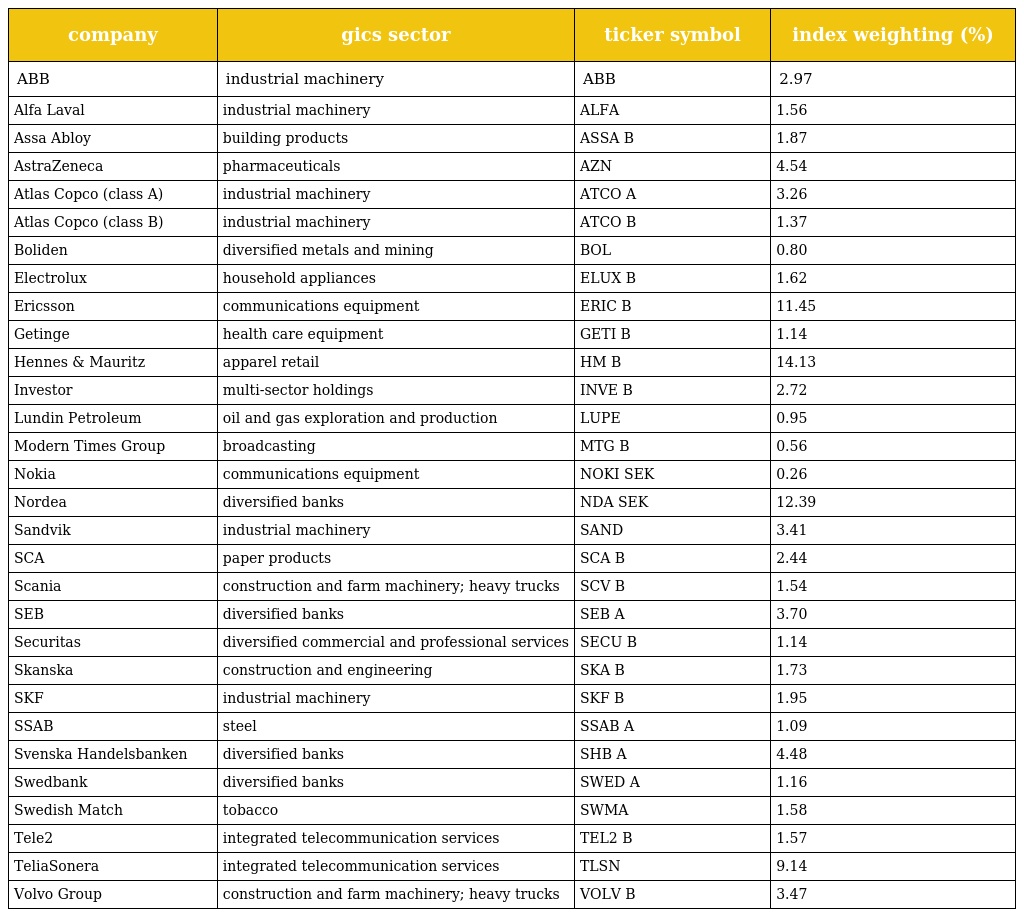
| company | gics sector | ticker symbol | index weighting (%) |
 | --- | --- | --- | --- |
 | ABB | industrial machinery | ABB | 2.97 |
 | Alfa Laval | industrial machinery | ALFA | 1.56 |
 | Assa Abloy | building products | ASSA B | 1.87 |
 | AstraZeneca | pharmaceuticals | AZN | 4.54 |
 | Atlas Copco (class A) | industrial machinery | ATCO A | 3.26 |
 | Atlas Copco (class B) | industrial machinery | ATCO B | 1.37 |
 | Boliden | diversified metals and mining | BOL | 0.80 |
 | Electrolux | household appliances | ELUX B | 1.62 |
 | Ericsson | communications equipment | ERIC B | 11.45 |
 | Getinge | health care equipment | GETI B | 1.14 |
 | Hennes & Mauritz | apparel retail | HM B | 14.13 |
 | Investor | multi-sector holdings | INVE B | 2.72 |
 | Lundin Petroleum | oil and gas exploration and production | LUPE | 0.95 |
 | Modern Times Group | broadcasting | MTG B | 0.56 |
 | Nokia | communications equipment | NOKI SEK | 0.26 |
 | Nordea | diversified banks | NDA SEK | 12.39 |
 | Sandvik | industrial machinery | SAND | 3.41 |
 | SCA | paper products | SCA B | 2.44 |
 | Scania | construction and farm machinery; heavy trucks | SCV B | 1.54 |
 | SEB | diversified banks | SEB A | 3.70 |
 | Securitas | diversified commercial and professional services | SECU B | 1.14 |
 | Skanska | construction and engineering | SKA B | 1.73 |
 | SKF | industrial machinery | SKF B | 1.95 |
 | SSAB | steel | SSAB A | 1.09 |
 | Svenska Handelsbanken | diversified banks | SHB A | 4.48 |
 | Swedbank | diversified banks | SWED A | 1.16 |
 | Swedish Match | tobacco | SWMA | 1.58 |
 | Tele2 | integrated telecommunication services | TEL2 B | 1.57 |
 | TeliaSonera | integrated telecommunication services | TLSN | 9.14 |
 | Volvo Group | construction and farm machinery; heavy trucks | VOLV B | 3.47 |